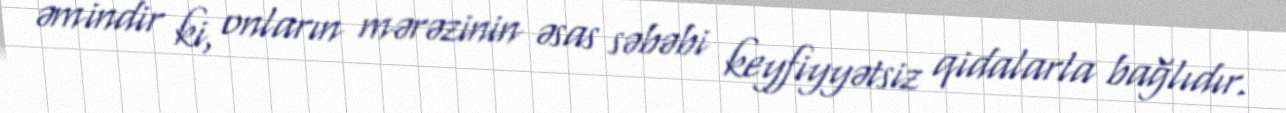
əmindir ki, onların mərəzinin əsas səbəbi keyfiyyətsiz qidalarla bağlıdır.